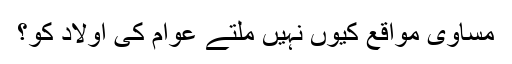
مساوی مواقع کیوں نہیں ملتے عوام کی اولاد کو؟